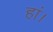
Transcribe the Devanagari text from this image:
हां।